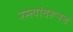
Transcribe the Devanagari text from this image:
रस्त्यांवरूनच